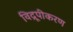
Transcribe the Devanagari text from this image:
विद्रूपीकरण